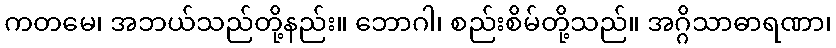
ကတမေ၊ အဘယ်သည်တို့နည်း။ ဘောဂါ၊ စည်းစိမ်တို့သည်။ အဂ္ဂိသာဓာရဏာ၊